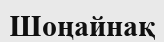
Шоңайнақ